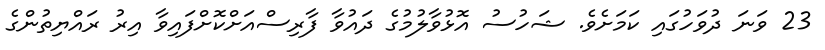
23 ވަނަ ދުވަހުގައި ކަމަށެވެ. ޝަހުސު އޮޅުވާލުމުގެ ދައުވާ ފާރިސްއަށްކޮށްފައިވާ އިރު ރައްޔިތުންގެ